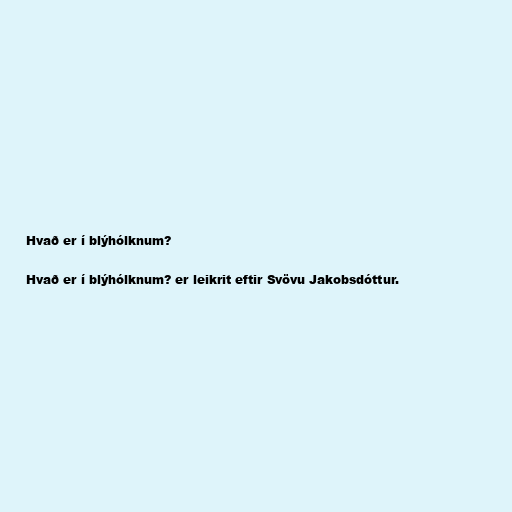
Hvað er í blýhólknum?

Hvað er í blýhólknum? er leikrit eftir Svövu Jakobsdóttur.